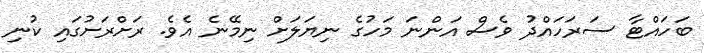
ބަހައްޓާ ސަރަހައްދު ވެސް އަންނަ މަހުގެ ނިޔަލަށް ނިމޭނެ އެވެ. ރަށްރަށުގައި ކުނި